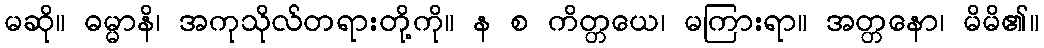
မဆို။ ဓမ္မာနိ၊ အကုသိုလ်တရားတို့ကို။ န စ ကိတ္တယေ၊ မကြားရာ။ အတ္တနော၊ မိမိ၏။